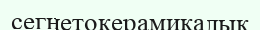
сегнетокерамикалык